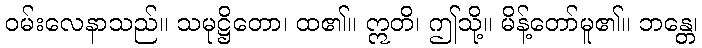
ဝမ်းလေနာသည်။ သမုဋ္ဌိတော၊ ထ၏။ ဣတိ၊ ဤသို့။ မိန့်တော်မူ၏။ ဘန္တေ၊